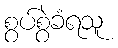
စွပ်စွဲခံရသူ